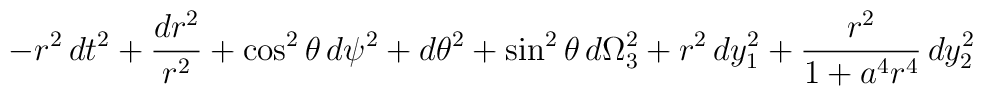
-r^2 \, dt^2 + { dr^2 \over r^2} + \cos^2\theta \, d\psi^2+ d\theta^2 + \sin^2\theta \, d\Omega_3^2 + r^2 \, dy_1^2 +{ r^2 \over 1 + a^4 r^4 } \,  dy_2^2